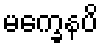
မက္ခေနပိ